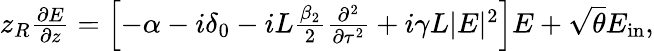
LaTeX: \begin{array}{r}{z_{R}\frac{\partial E}{\partial z}=\left[-\alpha-i\delta_{0}-iL\frac{\beta_{2}}{2}\frac{\partial^{2}}{\partial\tau^{2}}+i\gamma L|E|^{2}\right]E+\sqrt{\theta}E_{\mathrm{in}},}\end{array}